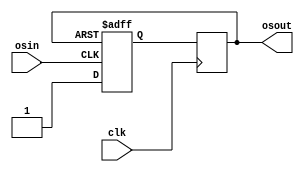
module oneshot(osin,clk,osout);
    input osin;
    input clk;
    output osout;

	reg osout;
	reg q;

always @(posedge osin or posedge osout)
begin
	if(osout)
		q <= 0;
	else
		q <= 1;
end

always @(posedge clk)
begin
	osout <= q;
end


endmodule